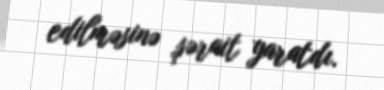
edilməsinə şərait yaratdı.